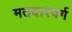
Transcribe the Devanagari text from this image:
मतदारवर्ग